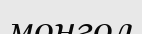
монгол